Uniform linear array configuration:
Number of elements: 8
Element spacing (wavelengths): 0.5
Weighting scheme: uniform
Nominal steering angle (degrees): -60
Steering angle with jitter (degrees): -59.091
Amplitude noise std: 0.05
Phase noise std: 0.05

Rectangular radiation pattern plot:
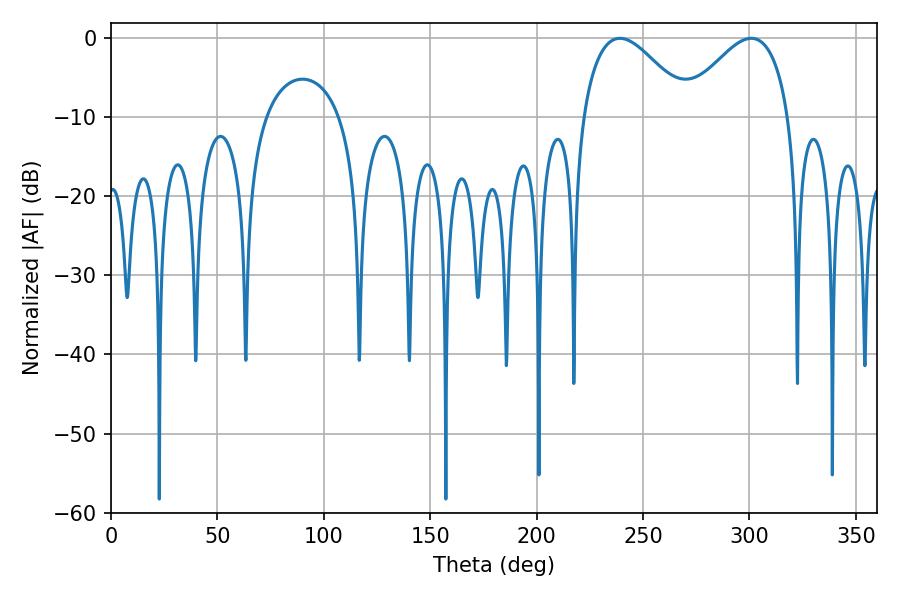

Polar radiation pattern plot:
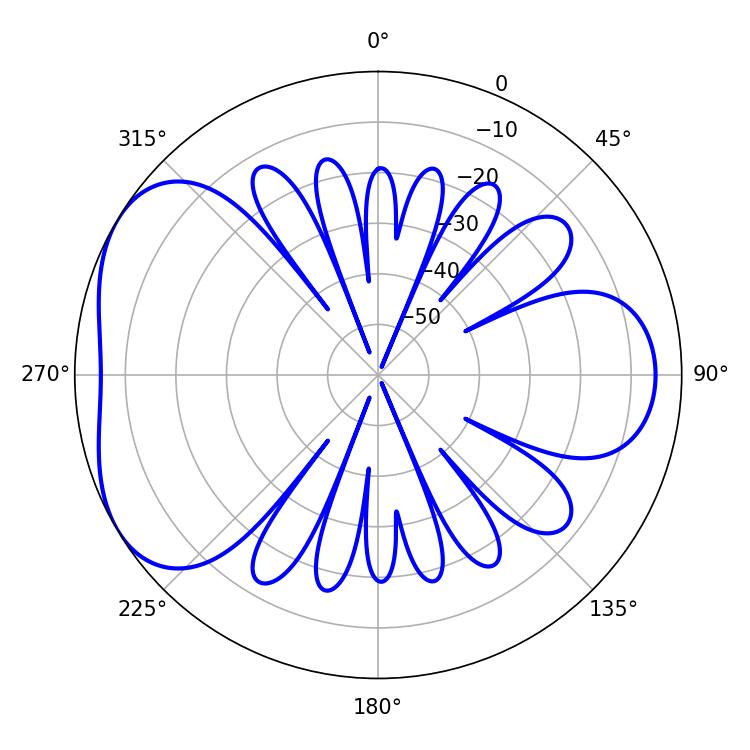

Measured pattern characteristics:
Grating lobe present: FALSE
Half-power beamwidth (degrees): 27.36
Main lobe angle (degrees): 239.22